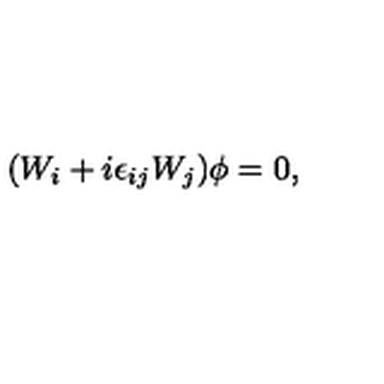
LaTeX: ( W _ { i } + i \epsilon _ { i j } W _ { j } ) \phi = 0 ,